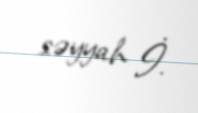
səyyah İ.